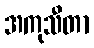
အကုသီတာ